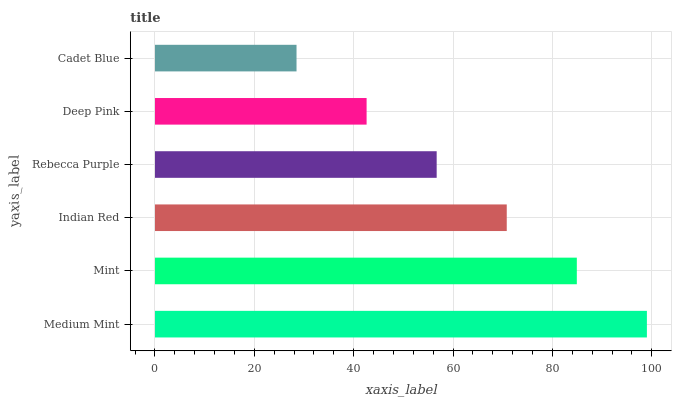
| yaxis_label | bars |
 | --- | --- |
 | Medium Mint | 99 |
 | Mint | 84.9 |
 | Indian Red | 70.8 |
 | Rebecca Purple | 56.7 |
 | Deep Pink | 42.6 |
 | Cadet Blue | 28.5 |